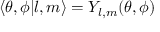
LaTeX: \left\langle \theta , \phi | l , m \right\rangle = Y _ { l , m } ( \theta , \phi )